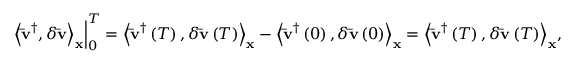
\left. { { { \left\langle { { { { \bf { \bar { v } } } } ^ { \dag } } , \delta { \bf { \bar { v } } } } \right\rangle } _ { \bf { x } } } } \right| _ { 0 } ^ { T } = { \left\langle { { { { \bf { \bar { v } } } } ^ { \dag } } \left( T \right) , \delta { \bf { \bar { v } } } \left( T \right) } \right\rangle _ { \bf { x } } } - { \left\langle { { { { \bf { \bar { v } } } } ^ { \dag } } \left( 0 \right) , \delta { \bf { \bar { v } } } \left( 0 \right) } \right\rangle _ { \bf { x } } } = { \left\langle { { { { \bf { \bar { v } } } } ^ { \dag } } \left( T \right) , \delta { \bf { \bar { v } } } \left( T \right) } \right\rangle _ { \bf { x } } } ,